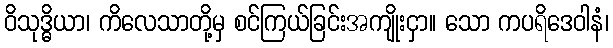
ဝိသုဒ္ဓိယာ၊ ကိလေသာတို့မှ စင်ကြယ်ခြင်းအကျိုးငှာ။ သော ကပရိဒေဝါနံ၊